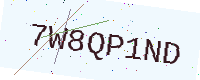
Text: 7W8QP1ND